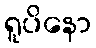
ရူပိနော